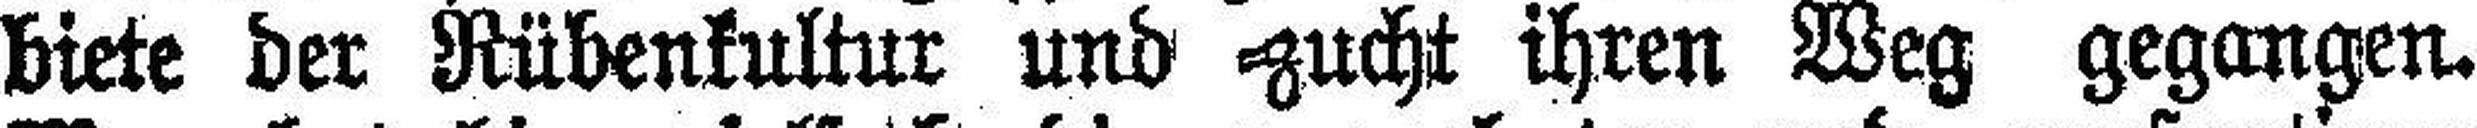
biete der Rübenkultur und zucht ihren Weg gegangen.